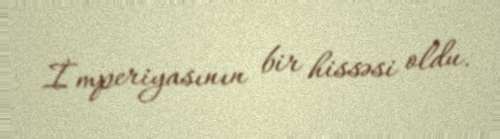
İmperiyasının bir hissəsi oldu.